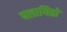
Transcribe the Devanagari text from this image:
पलायितो